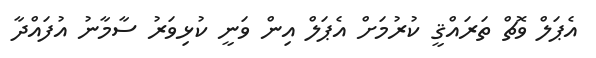
އެޕަލް ވޮޗް ތަރައްޤީ ކުރުމަށް އެޕަލް އިން ވަނީ ކުޅިވަރު ސާމާނު އުފައްދާ